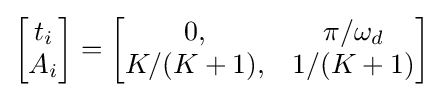
{\begin{bmatrix}t_{i}\\A_{i}\end{bmatrix}}={\begin{bmatrix}0,&\pi /\omega _{d}\\K/(K+1),&1/(K+1)\end{bmatrix}}